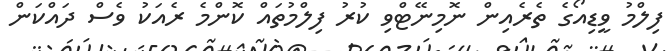
ފިލްމު ވީޑިއޯގެ ތެރެއިން ނޮމިނޭޓްވި ކުރު ފިލްމުތައް ކޮންމެ ރެއަކު ވެސް ދައްކަން